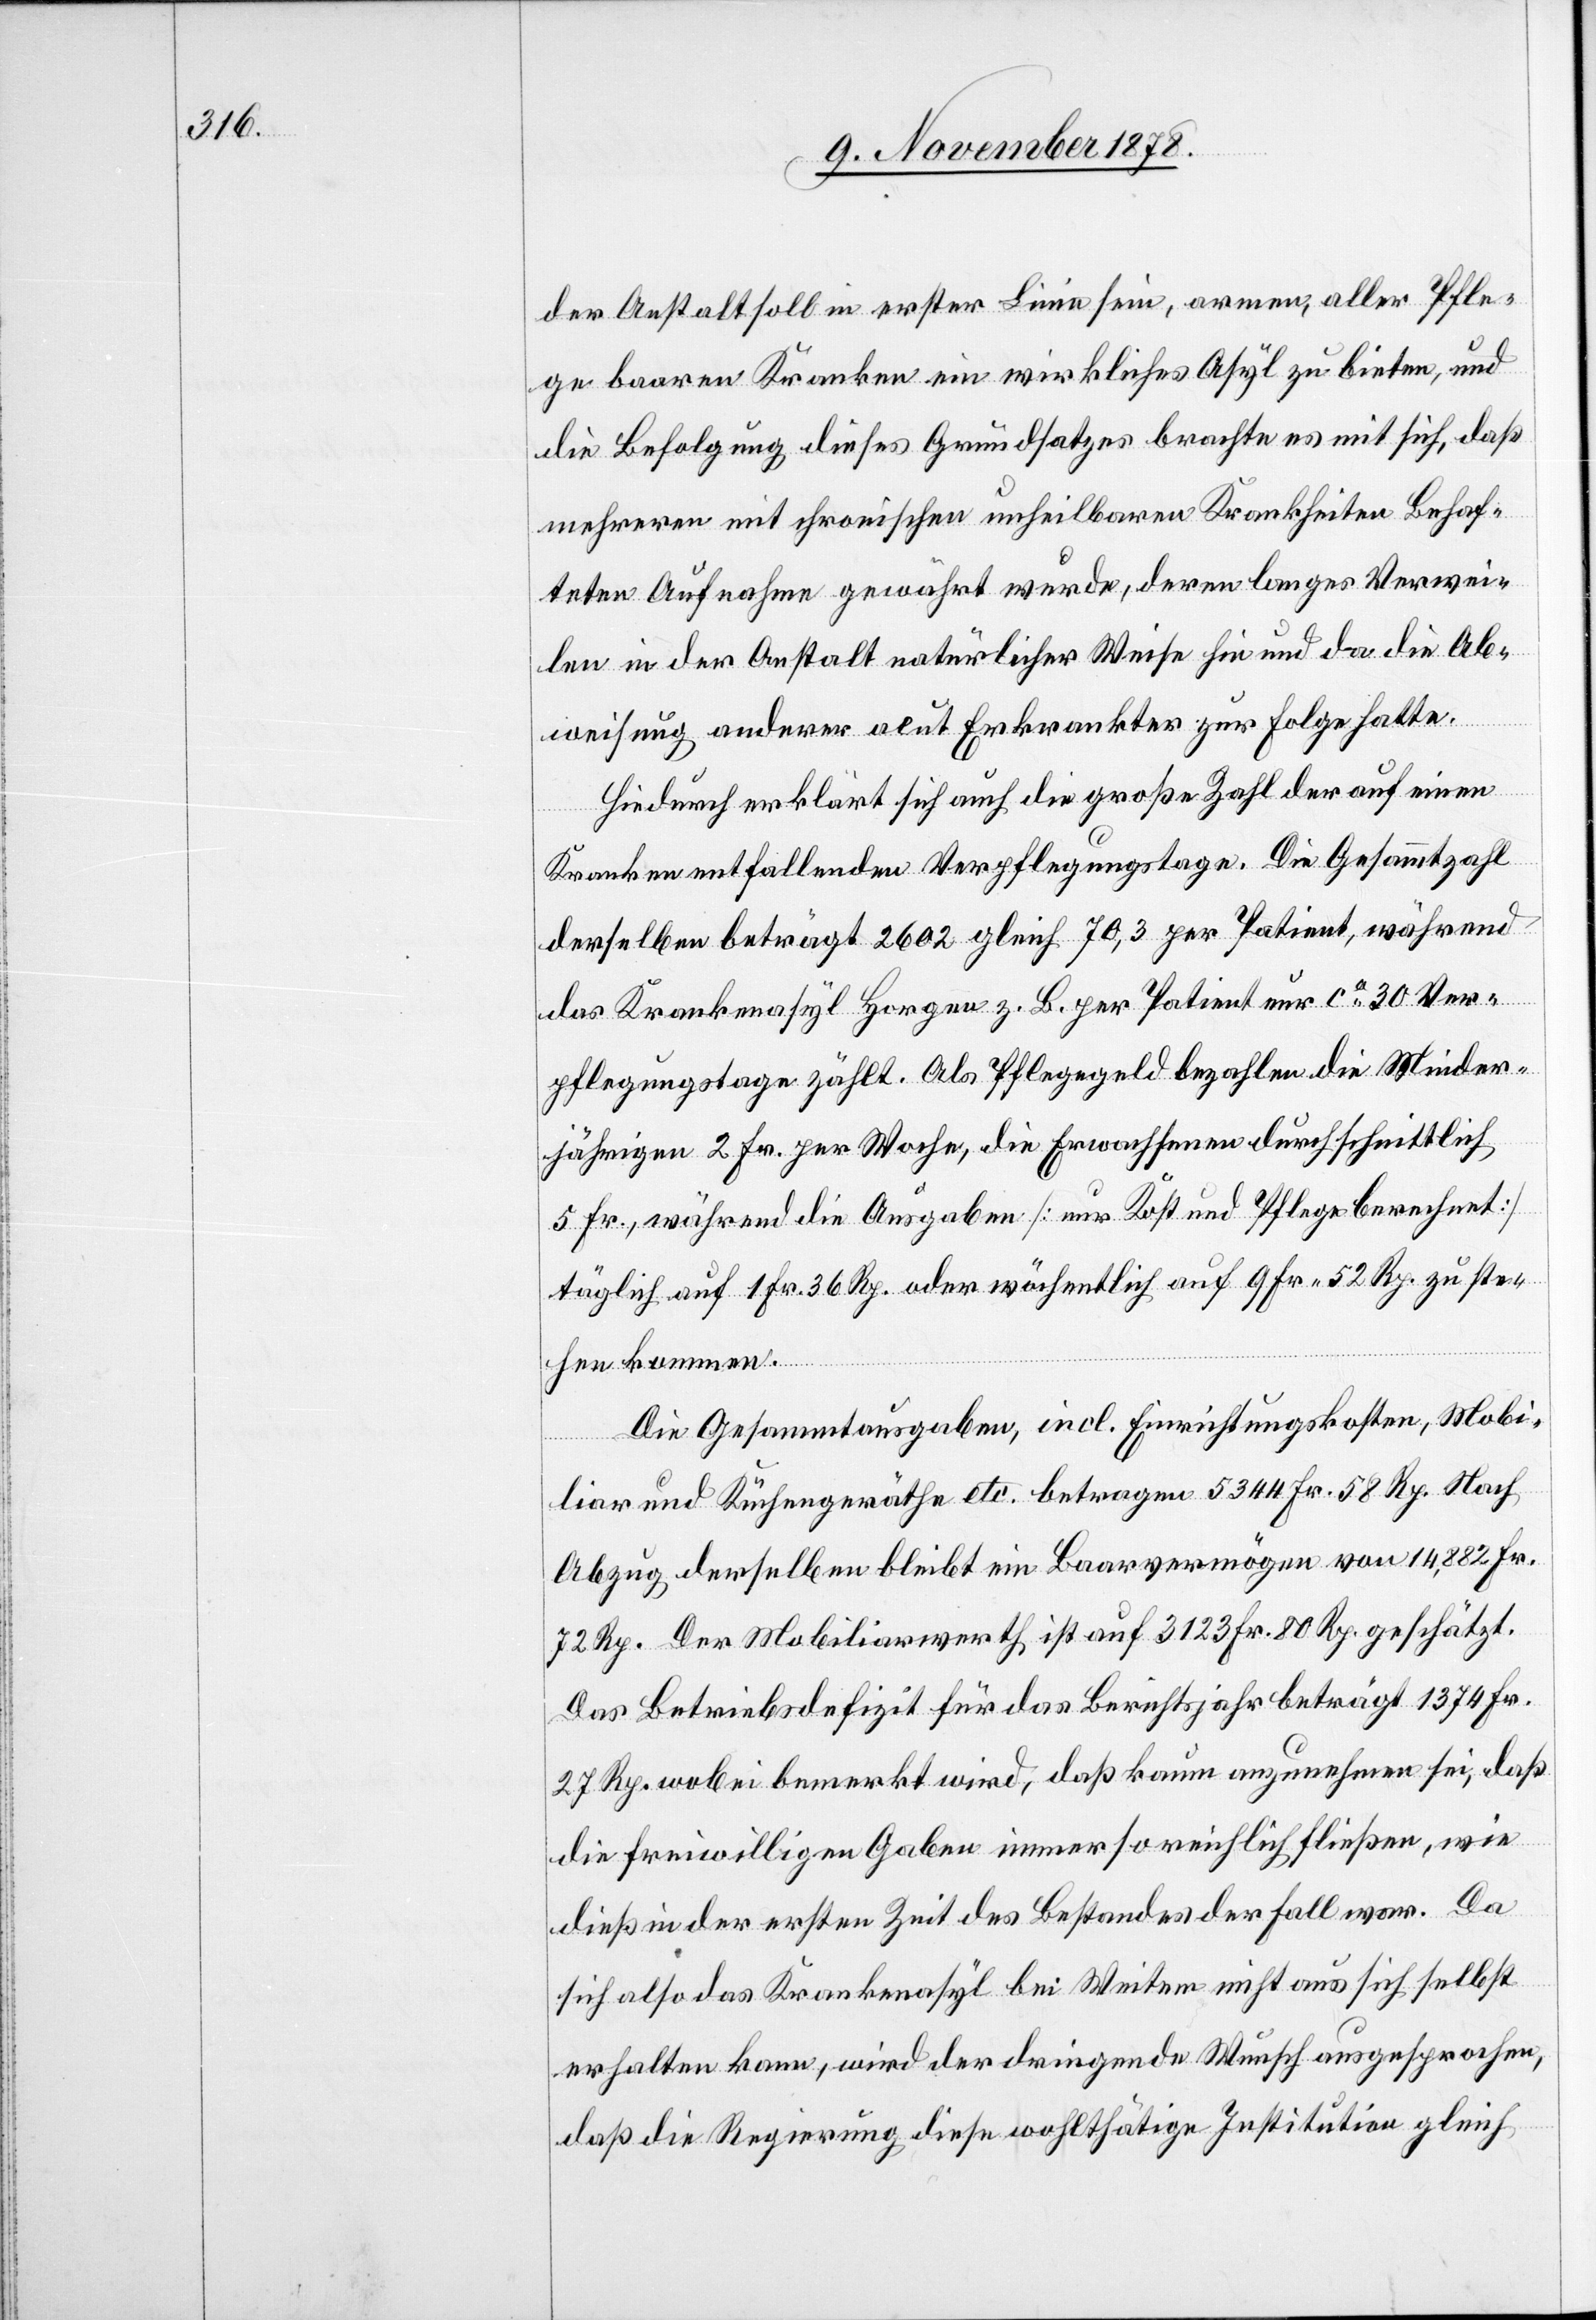
der Anstalt soll in erster Linie sein, armen, aller Pfle¬
ge baaren Kranken ein wirkliches Asyl zu bieten, und
die Befolgung dieses Grundsatzes brachte es mit sich, daß
mehreren mit chronischen unheilbaren Krankheiten Behaf¬
tete Aufnahme gewährt wurde, deren langes Verwei¬
len in der Anstalt natürlicher Weise hie und da die Ab¬
weisung anderer acut Erkrankter zur Folge hatte.
Hiedurch erklärt sich auch die große Zahl der auf einen
Kranken entfallenden Verpflegungstage. Die Gesammtzahl
derselben beträgt 2602 gleich 70,3 per Patient, während
das Krankenasyl Horgen z. B. per Patient nur ca 30 Ver¬
pflegungstage zählt. Als Pflegegeld bezahlen die Minder¬
jährigen 2 Fr. per Woche, die Erwachsenen durchschnittlich
5 Fr., während die Augaben [nur Kost und Pflege berechnet]
täglich auf 1 Fr. 36 Rp. oder wöchentlich auf 9 Fr. 52 Rp. zu ste¬
hen kommen.
Die Gesammtausgaben, incl. Einrichtungskosten, Mobi¬
liar und Küchengeräthe etc. betragen 534 Fr. 58 Rp. Nach
Abzug derselben bleibt ein Baarvermägen von 14,822 Fr.
72 Rp. Der Mobiliarwerth ist auf 3123 Fr. 80 Rp. geschätzt.
Das Betriebsdefizit für das Berichtsjahr beträgt 1374 Fr.
27 Rp. wobei bemerkt wird, daß kaum anzunehmen sei, daß
die freiwilligen Gaben immer so reichlich fließen, wie
dieß in der ersten Zeit des Bestandes der Fall war. Da
sich also das Krankenasyl bei Weitem nicht aus sich selbst
erhalten kann, wird der dringende Wunsch ausgesprochen,
daß die Regierung diese wohlthätige Institution gleich-